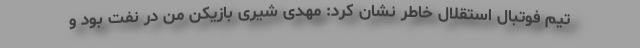
تیم فوتبال استقلال خاطر نشان کرد: مهدی شیری بازیکن من در نفت بود و